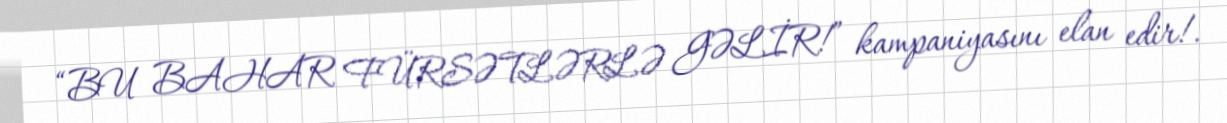
“BU BAHAR FÜRSƏTLƏRLƏ GƏLİR!” kampaniyasını elan edir!.